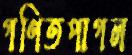
গণিতপাগল